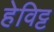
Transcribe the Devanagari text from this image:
हेविट्ट